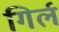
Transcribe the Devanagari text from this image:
गिर्ल